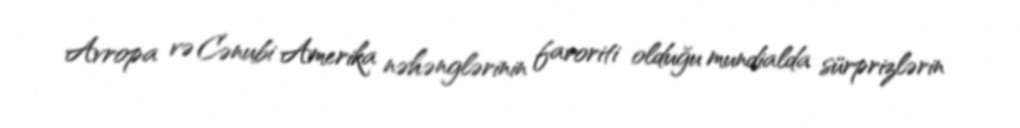
Avropa və Cənubi Amerika nəhənglərinin favoriti olduğu mundialda sürprizlərin